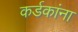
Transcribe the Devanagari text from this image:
कर्डकांना